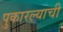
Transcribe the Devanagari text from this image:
पुकारल्याची